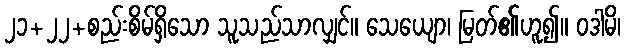
၂၁+၂၂+စည်းစိမ်ရှိသော သူသည်သာလျှင်။ သေယျော၊ မြတ်၏ဟူ၍။ ဝဒါမိ၊